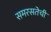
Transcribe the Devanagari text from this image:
समरसतेची